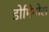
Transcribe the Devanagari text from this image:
डोमिनोस